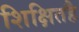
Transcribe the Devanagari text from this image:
शिक्षितहै